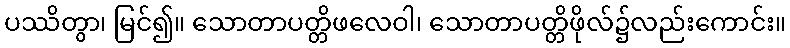
ပဿိတွာ၊ မြင်၍။ သောတာပတ္တိဖလေဝါ၊ သောတာပတ္တိဖိုလ်၌လည်းကောင်း။